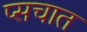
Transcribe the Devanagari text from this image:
प्सचात